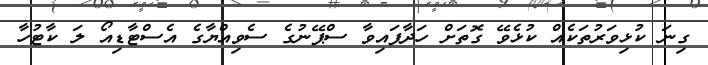
ގިނަ ކުޅިވަރުތަކެއް ކުޅެވޭ ގޮތަށް ހަދާފައިވާ ސްޕޭނުގެ ސެވިއްޔާގެ އެސްޓާޑިއޯ ލަ ކާޓުހާ